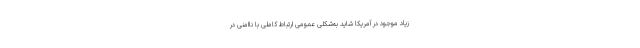
زیاد موجود در آمریکا شاید به‌شکلی عمومی ارتباط کاملی با ناامنی در